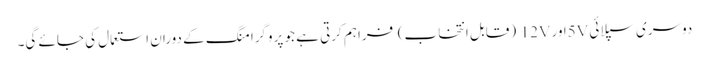
دوسری سپلائی 5Vاور 12V (قابل انتخاب) فراہم کرتی ہے جو پروگرامنگ کے دوران استعمال کی جائے گی۔